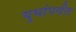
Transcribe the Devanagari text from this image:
युधांपर्यंत